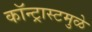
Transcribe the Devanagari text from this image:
कॉन्ट्रास्टमुळे